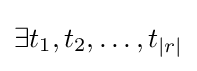
\exists t_{1},t_{2},\ldots ,t_{|r|}